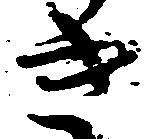
き